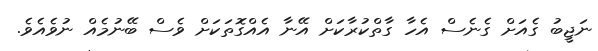
ނަޖީބު ގެއަށް ގެނެސް އެހާ ގާތްކުރާކަށް އޭނާ އެއްގޮތަކަށް ވެސް ބޭނުމެއް ނުވެއެވެ.